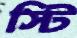
স্টি